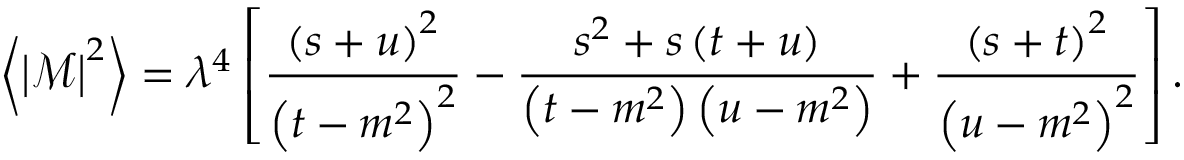
\left\langle \left\vert \mathcal { M } \right\vert ^ { 2 } \right\rangle = \lambda ^ { 4 } \left[ \frac { \left( s + u \right) ^ { 2 } } { \left( t - m ^ { 2 } \right) ^ { 2 } } - \frac { s ^ { 2 } + s \left( t + u \right) } { \left( t - m ^ { 2 } \right) \left( u - m ^ { 2 } \right) } + \frac { \left( s + t \right) ^ { 2 } } { \left( u - m ^ { 2 } \right) ^ { 2 } } \right] .